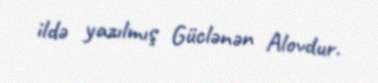
ildə yazılmış Güclənən Alovdur.